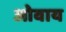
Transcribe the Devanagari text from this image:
ओवाय